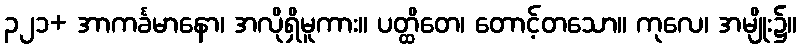
၃၂၁+ အာကင်္ခမာနော၊ အလိုရှိမူကား။ ပတ္ထိတေ၊ တောင့်တသော။ ကုလေ၊ အမျိုး၌။